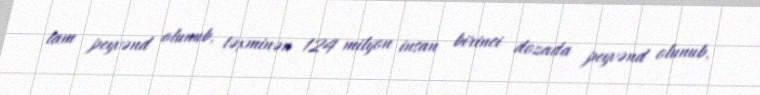
tam peyvənd olunub, təxminən 124 milyon insan birinci dozada peyvənd olunub.